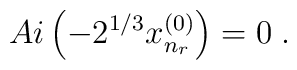
Ai \left( - 2^{1/3} x^{(0)}_{n_{r}} \right) = 0\; .